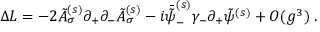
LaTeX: \Delta { \cal L } = - 2 \tilde { A } _ { \sigma } ^ { ( s ) } \partial _ { + } \partial _ { - } \tilde { A } _ { \sigma } ^ { ( s ) } - i \bar { \tilde { \psi } } _ { - } ^ { ( s ) } \gamma _ { - } \partial _ { + } \tilde { \psi } ^ { ( s ) } + { \cal O } ( g ^ { 3 } ) \; .